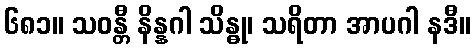
၆၈၁။ သဝန္တီ နိန္နဂါ သိန္ဓု၊ သရိတာ အာပဂါ နဒီ။